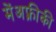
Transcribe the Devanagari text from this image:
मेंअफ़्रीकी